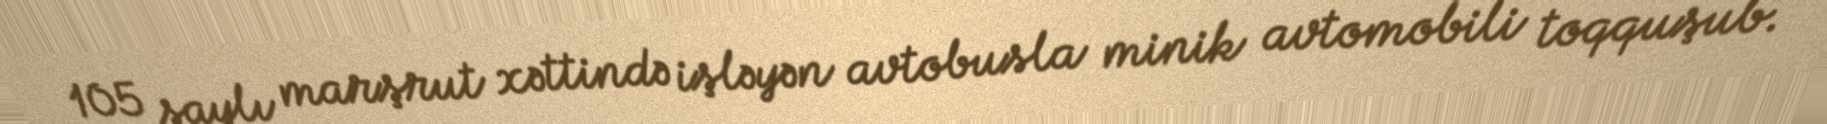
105 saylı marşrut xəttində işləyən avtobusla minik avtomobili toqquşub.